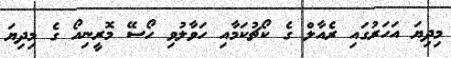
މިދިޔަ އަހަރުގައި ރެއާލް ގެ ކޯޗުކަމާއި ހަވާލުވި ހޯސޭ މޮރީނިއޯ ގެ މިދިޔަ